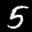
Label: 5